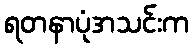
ရတနာပုံအသင်းက